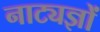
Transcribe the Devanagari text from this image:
नाट्यज्ञों